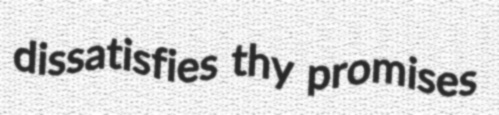
dissatisfies thy promises